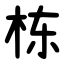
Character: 栋